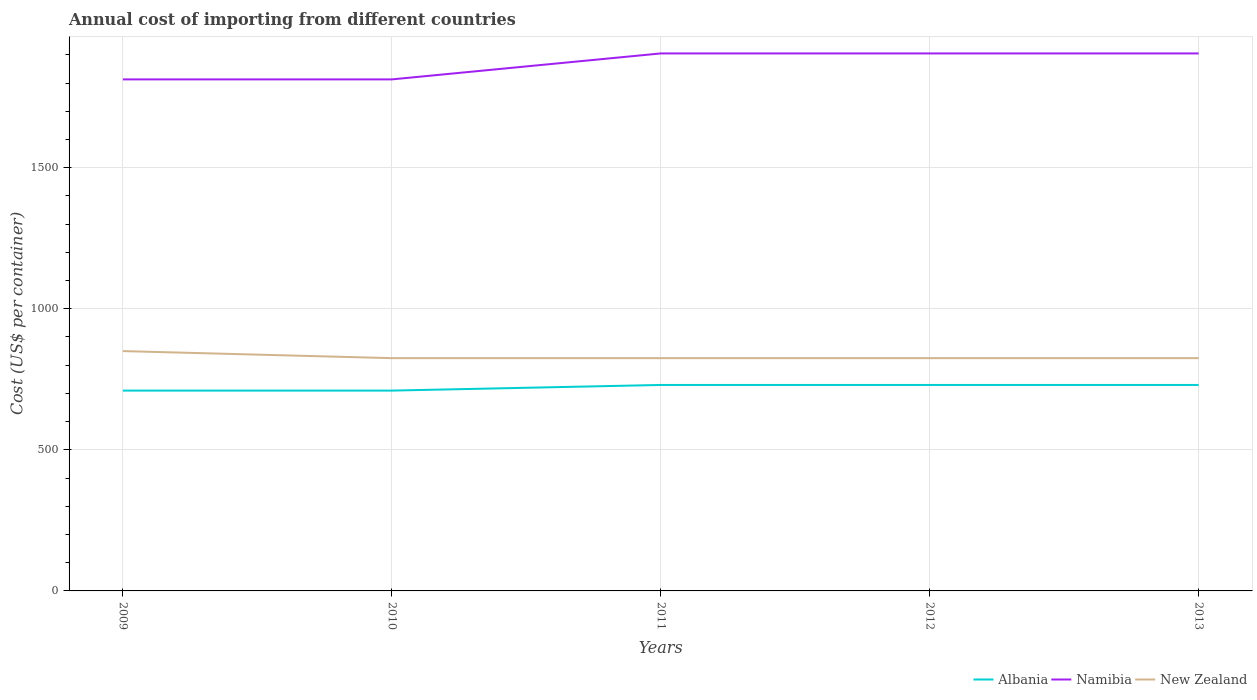
| Years | Albania | Namibia | New Zealand |
 | --- | --- | --- | --- |
 | 2009 | 710 | 1.81e+03 | 850 |
 | 2010 | 710 | 1.81e+03 | 825 |
 | 2011 | 730 | 1.90e+03 | 825 |
 | 2012 | 730 | 1.90e+03 | 825 |
 | 2013 | 730 | 1.90e+03 | 825 |